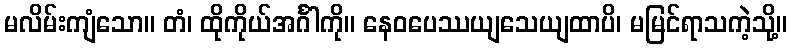
မလိမ်းကျံသော။ တံ၊ ထိုကိုယ်အင်္ဂါကို။ နေဝပေဿယျသေယျထာပိ၊ မမြင်ရာသကဲ့သို့။